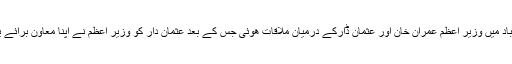
تفصیلات کے مطابق اسلام آباد میں وزیر اعظم عمران خان اور عثمان ڈارکے درمیان ملاقات ھوئی جس کے بعد عثمان دار کو وزیر اعظم نے اپنا معاون برائے یوتھ افئیرز مقرر کر دیا ہے۔